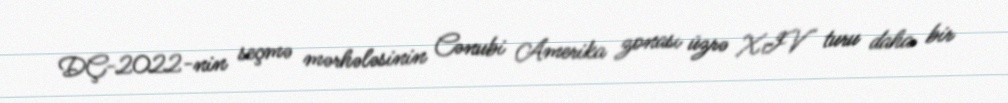
DÇ-2022-nin seçmə mərhələsinin Cənubi Amerika zonası üzrə XIV turu daha bir